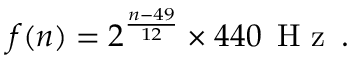
f ( n ) = 2 ^ { \frac { n - 4 9 } { 1 2 } } \times 4 4 0 \, \mathrm { ~ H ~ z ~ } \, .